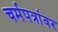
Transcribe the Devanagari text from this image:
चर्मपत्रांवर